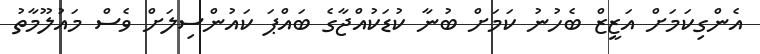
އެންގިކަމަށް އަޒީޒް ބެހުނު ކަމަށް ބުނާ ކުޑަކުއްޖާގެ ބައްޕަ ކައުންސިލަށް ވެސް މައުލޫމާތު